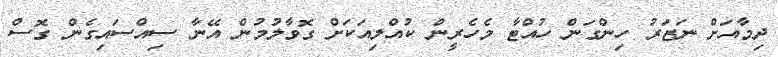
ދިމާއަށް ނަޒަރު ހިންގަން ހުއްޓާ މެހެރީން ކުއްލިއަކަށް ގޮވާލުމުން އޭނާ ސިއްސައިގެން ގޮސް